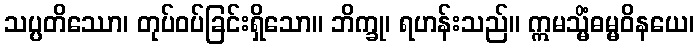
သပ္ပတိဿော၊ တုပ်ဝပ်ခြင်းရှိသော။ ဘိက္ခု၊ ရဟန်းသည်။ ဣမသ္မိံဓမ္မဝိနယေ၊